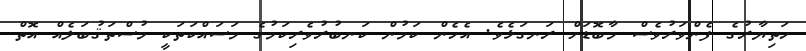
ހަތިޔާރުގެ ފެންވަރުވެސް މާބޮޑަށް ރަނގަޅެވެ. އެހެން ކަމުން ކަނބުރުވެރިކަމުގެ މަސައްކަތަކީ މުސްތަޤުބަލެއް އޮތް